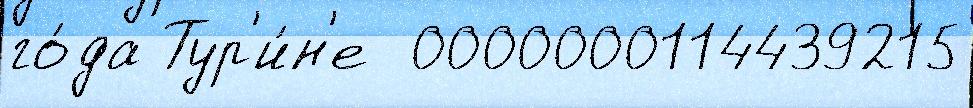
го́да Тур'и́н'е  0000000114439215